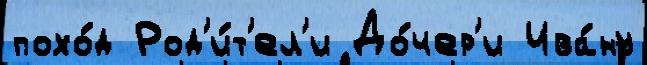
похо́д Род'и́т'ел'и До́чер'и Ива́ну